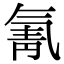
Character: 氰